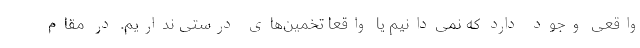
واقعی وجود دارد که نمی‌دانیم یا واقعا تخمین‌های درستی نداریم. در مقام